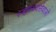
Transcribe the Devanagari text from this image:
स्वास्थ्यसेवाओं